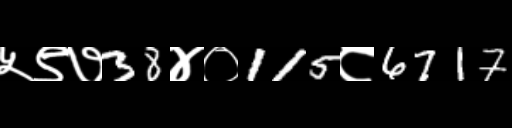
Text: ५९७38४०115८6717